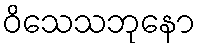
ဝိသေသဘုနော